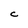
Character: C